Leaving Certificate, 1937
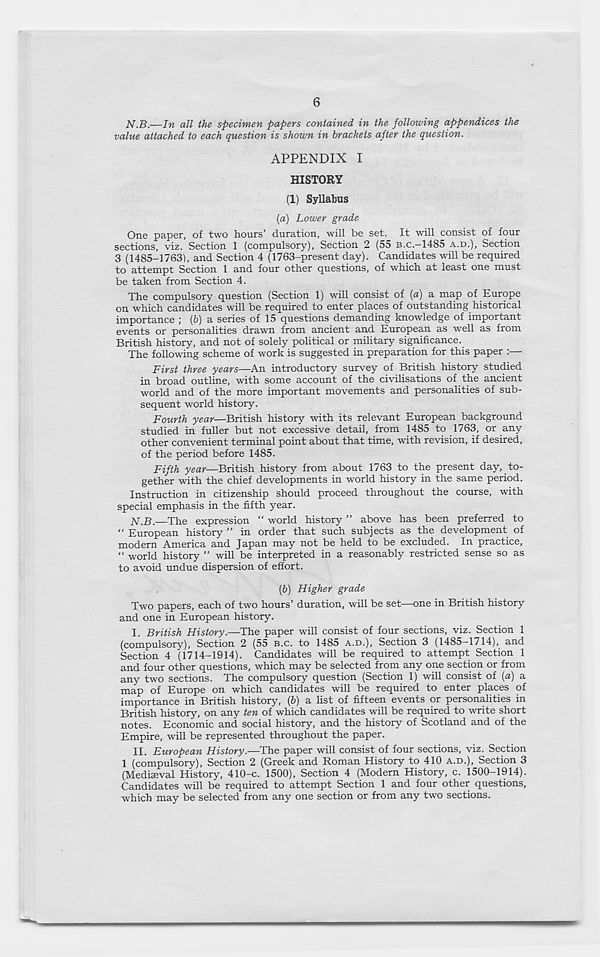
6
N.B.—In all the specimen papers contained in the following appendices the
value attached to each question is shown in brackets after the question.
APPENDIX I
HISTORY
(1) Syllabus
[а) Lower grade
One paper, of two hours’ duration, will be set. It will consist of four
sections, viz. Section 1 (compulsory), Section 2 (55 B.C.—1485 A.D.), Section
3 (1485-17631, and Section 4 (1763-present day). Candidates will be required
to attempt Section 1 and four other questions, of which at least one must
be taken from Section 4.
The compulsory question (Section 1) will consist of (a) a map of Europe
on which candidates will be required to enter places of outstanding historical
importance ; {b) a series of 15 questions demanding knowledge of important
events or personalities drawn from ancient and European as well as from
British history, and not of solely political or military significance.
The following scheme of work is suggested in preparation for this paper :—
First three years—An introductory survey of British history studied
in broad outline, with some account of the civilisations of the ancient
world and of the more important movements and personalities of sub-
sequent world history.
Fourth year—British history with its relevant European background
studied in fuller but not excessive detail, from 1485 to 1763, or any
other convenient terminal point about that time, with revision, if desired,
of the period before 1485.
Fifth year—British history from about 1763 to the present day, to-
gether with the chief developments in world history in the same period.
Instruction in citizenship should proceed throughout the course, with
special emphasis in the fifth year.
N.B.—The expression “ world history ” above has been preferred to
“ European history ” in order that such subjects as the development of
modern America and Japan may not be held to be excluded. In practice,
“ world history ” will be interpreted in a reasonably restricted sense so as
to avoid undue dispersion of effort.
(б) Higher grade
Two papers, each of two hours’ duration, will be set—one in British history
and one in European history.
I. British History.—The paper will consist of four sections, viz. Section 1
(compulsory), Section 2 (55 B.C. to 1485 A.D.). Section 3 (1485—1714), and
Section 4 (1714-1914). Candidates will be required to attempt Section 1
and four other questions, which may be selected from any one section or from
any two sections. The compulsory question (Section 1) will consist of (a) a
map of Europe on which candidates will be required to enter places of
importance in British history, (6) a list of fifteen events or personalities in
British history, on any ten of which candidates will be required to write short
notes. Economic and social history, and the history of Scotland and of the
Empire, will be represented throughout the paper.
II. European History.—The paper will consist of four sections, viz. Section
1 (compulsory). Section 2 (Greek and Roman History to 410 A.D.), Section 3
(Mediaeval History, 410-c. 1500), Section 4 (Modern History, c. 1500-1914).
Candidates will be required to attempt Section 1 and four other questions,
which may be selected from any one section or from any two sections.